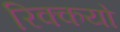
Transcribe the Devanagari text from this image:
रिक्कयो